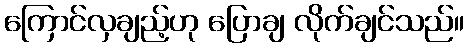
ကြောင်လှချည့်ဟု ပြောချ လိုက်ချင်သည်။